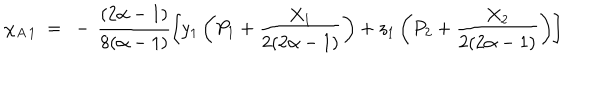
LaTeX: \chi _ { A \, 1 } ~ = ~ - \, \frac { ( 2 \alpha - 1 ) } { 8 ( \alpha - 1 ) } \left[ y _ { 1 } \left( P _ { 1 } + \frac { X _ { 1 } } { 2 ( 2 \alpha - 1 ) } \right) + z _ { 1 } \left( P _ { 2 } + \frac { X _ { 2 } } { 2 ( 2 \alpha - 1 ) } \right) \right]